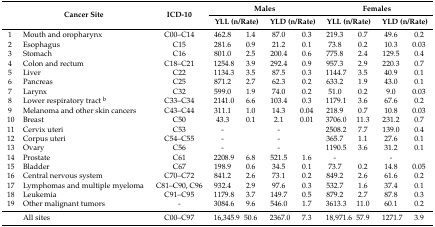
<table><thead><tr><td rowspan="2"></td><td rowspan="2"><b>Cancer Site</b></td><td rowspan="2"><b>ICD-10</b></td><td colspan="4"><b>Males</b></td><td colspan="4"><b>Females</b></td></tr><tr><td colspan="2"><b>YLL (n/Rate)</b></td><td colspan="2"><b>YLD (n/Rate)</b></td><td colspan="2"><b>YLL (n/Rate)</b></td><td colspan="2"><b>YLD (n/Rate)</b></td></tr></thead><tbody><tr><td>1</td><td>Mouth and oropharynx</td><td>C00–C14</td><td>462.8</td><td>1.4</td><td>87.0</td><td>0.3</td><td>219.3</td><td>0.7</td><td>49.6</td><td>0.2</td></tr><tr><td>2</td><td>Esophagus</td><td>C15</td><td>281.6</td><td>0.9</td><td>21.2</td><td>0.1</td><td>73.8</td><td>0.2</td><td>10.3</td><td>0.03</td></tr><tr><td>3</td><td>Stomach</td><td>C16</td><td>801.0</td><td>2.5</td><td>200.4</td><td>0.6</td><td>775.8</td><td>2.4</td><td>129.5</td><td>0.4</td></tr><tr><td>4</td><td>Colon and rectum</td><td>C18–C21</td><td>1254.8</td><td>3.9</td><td>292.4</td><td>0.9</td><td>957.3</td><td>2.9</td><td>220.3</td><td>0.7</td></tr><tr><td>5</td><td>Liver</td><td>C22</td><td>1134.3</td><td>3.5</td><td>87.5</td><td>0.3</td><td>1144.7</td><td>3.5</td><td>40.9</td><td>0.1</td></tr><tr><td>6</td><td>Pancreas</td><td>C25</td><td>871.2</td><td>2.7</td><td>62.3</td><td>0.2</td><td>633.2</td><td>1.9</td><td>43.0</td><td>0.1</td></tr><tr><td>7</td><td>Larynx</td><td>C32</td><td>599.0</td><td>1.9</td><td>74.0</td><td>0.2</td><td>51.0</td><td>0.2</td><td>9.0</td><td>0.03</td></tr><tr><td>8</td><td>Lower respiratory tract <sup>b</sup></td><td>C33–C34</td><td>2141.0</td><td>6.6</td><td>103.4</td><td>0.3</td><td>1179.1</td><td>3.6</td><td>67.6</td><td>0.2</td></tr><tr><td>9</td><td>Melanoma and other skin cancers</td><td>C43–C44</td><td>311.1</td><td>1.0</td><td>14.3</td><td>0.04</td><td>218.9</td><td>0.7</td><td>10.8</td><td>0.03</td></tr><tr><td>10</td><td>Breast</td><td>C50</td><td>43.3</td><td>0.1</td><td>2.1</td><td>0.01</td><td>3706.0</td><td>11.3</td><td>231.2</td><td>0.7</td></tr><tr><td>11</td><td>Cervix uteri</td><td>C53</td><td>-</td><td></td><td>-</td><td></td><td>2508.2</td><td>7.7</td><td>139.0</td><td>0.4</td></tr><tr><td>12</td><td>Corpus uteri</td><td>C54–C55</td><td>-</td><td></td><td>-</td><td></td><td>365.7</td><td>1.1</td><td>27.6</td><td>0.1</td></tr><tr><td>13</td><td>Ovary</td><td>C56</td><td>-</td><td></td><td>-</td><td></td><td>1190.5</td><td>3.6</td><td>31.2</td><td>0.1</td></tr><tr><td>14</td><td>Prostate</td><td>C61</td><td>2208.9</td><td>6.8</td><td>521.5</td><td>1.6</td><td>-</td><td></td><td>-</td><td></td></tr><tr><td>15</td><td>Bladder</td><td>C67</td><td>198.9</td><td>0.6</td><td>34.5</td><td>0.1</td><td>73.7</td><td>0.2</td><td>14.8</td><td>0.05</td></tr><tr><td>16</td><td>Central nervous system</td><td>C70–C72</td><td>841.2</td><td>2.6</td><td>73.1</td><td>0.2</td><td>849.2</td><td>2.6</td><td>61.6</td><td>0.2</td></tr><tr><td>17</td><td>Lymphomas and multiple myeloma</td><td>C81–C90, C96</td><td>932.4</td><td>2.9</td><td>97.6</td><td>0.3</td><td>532.7</td><td>1.6</td><td>37.4</td><td>0.1</td></tr><tr><td>18</td><td>Leukemia</td><td>C91–C95</td><td>1179.8</td><td>3.7</td><td>149.7</td><td>0.5</td><td>879.2</td><td>2.7</td><td>87.8</td><td>0.3</td></tr><tr><td>19</td><td>Other malignant tumors</td><td>-</td><td>3084.6</td><td>9.6</td><td>546.0</td><td>1.7</td><td>3613.3</td><td>11.0</td><td>60.1</td><td>0.2</td></tr><tr><td></td><td>All sites</td><td>C00–C97</td><td>16,345.9</td><td>50.6</td><td>2367.0</td><td>7.3</td><td>18,971.6</td><td>57.9</td><td>1271.7</td><td>3.9</td></tr></tbody></table>